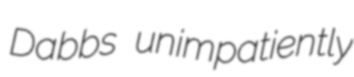
Dabbs unimpatiently